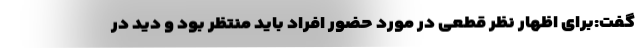
گفت:برای اظهار نظر قطعی در مورد حضور افراد باید منتظر بود و دید در